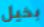
بخيل